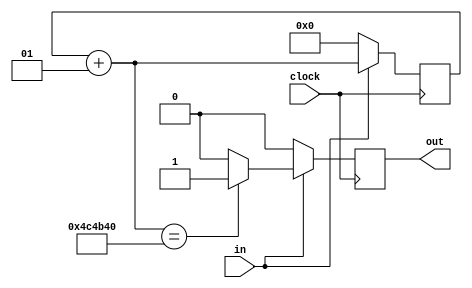
module Debouncer(
output out,
input clock,
input in
    );
reg hold;
reg out;
integer i;
always @(posedge clock)
begin
if(in)
    begin
        i=i+1;
        if(i==24'd5000000)
        begin
            out = 1;
            hold = 1;
        end
        else
        begin
            out = 0;
        end
    end
    else
    begin
        out = 0;
        hold = 0;
        i = 0;
    end
end
endmodule